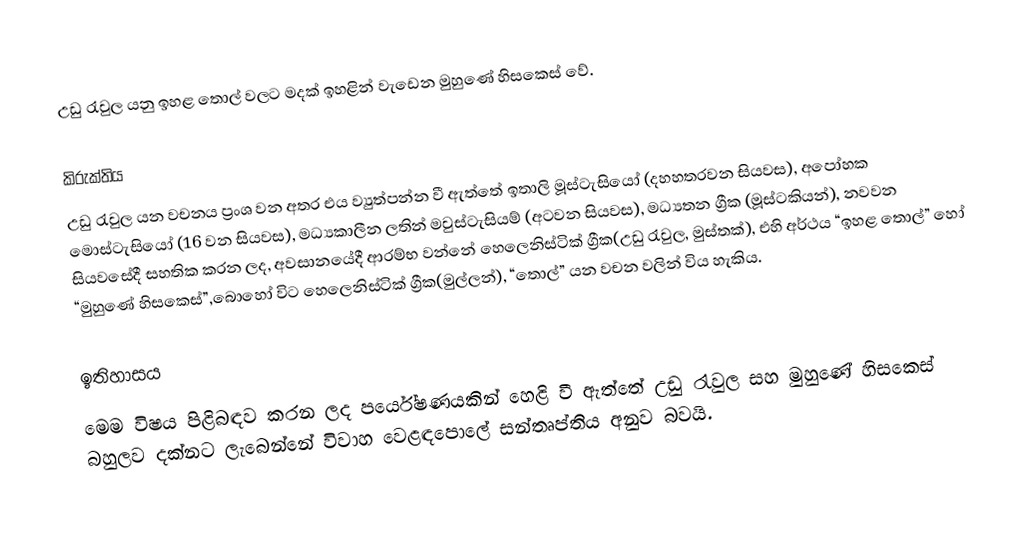
උඩු රැවුල යනු ඉහළ තොල් වලට මදක් ඉහළින් වැඩෙන මුහුණේ හිසකෙස් වේ.

කිරුක්තිය
උඩු රැවුල යන වචනය ප්‍රංශ වන අතර එය ව්‍යුත්පන්න වී ඇත්තේ ඉතාලි මූස්ටැසියෝ (දහහතරවන සියවස), අපෝහක මොස්ටැසියෝ (16 වන සියවස), මධ්‍යකාලීන ලතින් මවුස්ටැසියම් (අටවන සියවස), මධ්‍යතන ග්‍රීක (මූස්ටකියන්), නවවන සියවසේදී සහතික කරන ලද, අවසානයේදී ආරම්භ වන්නේ හෙලෙනිස්ටික් ග්‍රීක(උඩු රැවුල, මුස්තක්), එහි අර්ථය “ඉහළ තොල්” හෝ “මුහුණේ හිසකෙස්”,බොහෝ විට හෙලෙනිස්ටික් ග්‍රීක(මුල්ලන්), “තොල්” යන වචන වලින් විය හැකිය.

ඉතිහාසය
මෙම විෂය පිළිබඳව කරන ලද පර්යේෂණයකින් හෙළි වී ඇත්තේ උඩු රැවුල සහ මුහුණේ හිසකෙස් බහුලව දක්නට ලැබෙන්නේ විවාහ වෙළඳපොලේ සන්තෘප්තිය අනුව බවයි.